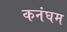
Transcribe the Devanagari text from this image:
कनंघम